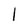
Character: l